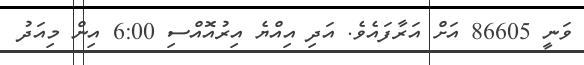
ވަނީ 86605 އަށް އަރާފައެވެ. އަދި އިއްޔެ އިރުއޮއްސި 6:00 އިން މިއަދު